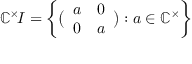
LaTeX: \mathbb { C } ^ { \times } \! I = \left\{ { \bigl ( } { \begin{array} { l l } { a } & { 0 } \\ { 0 } & { a } \end{array} } { \bigr ) } : a \in \mathbb { C } ^ { \times } \right\}